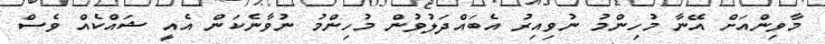
މާވިންއަށް އޭނާ މުހިންމު ނުވިއިރު އެބައްދަލުވުން މުހިންމު ނުވާނެކަން އެއީ ޝައްކެއް ވެސް